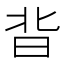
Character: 𭥣